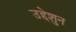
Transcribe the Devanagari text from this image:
उद्देशुन